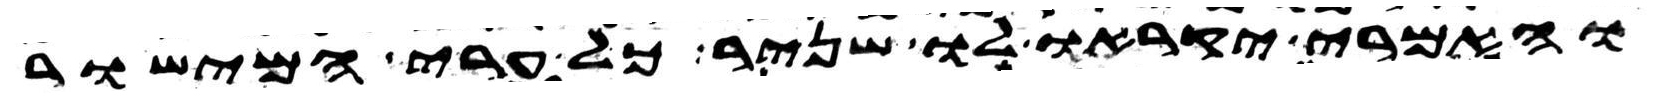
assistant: והאמרי יקראו לו שניר כל ערי המישור